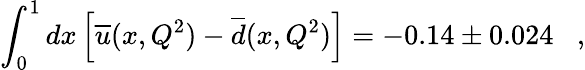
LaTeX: \int_{0}^{1}dx\left[\overline{{{u}}}(x,Q^{2})-\overline{{{d}}}(x,Q^{2})\right]=-0.14\pm 0.024\; \; \; ,